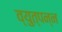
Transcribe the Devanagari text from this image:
व्युत्‍पन्‍न